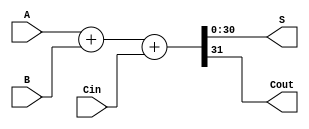
module adder(S,Cout,A,B,Cin);
parameter WIDTH=31;
output	[WIDTH-1:0]	S;
output				Cout;
input	[WIDTH-1:0]	A;
input	[WIDTH-1:0]	B;
input				Cin;

assign {Cout,S}=A+B+Cin;

endmodule